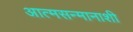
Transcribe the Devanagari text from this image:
आत्मसन्मानाशी